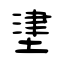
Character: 堻